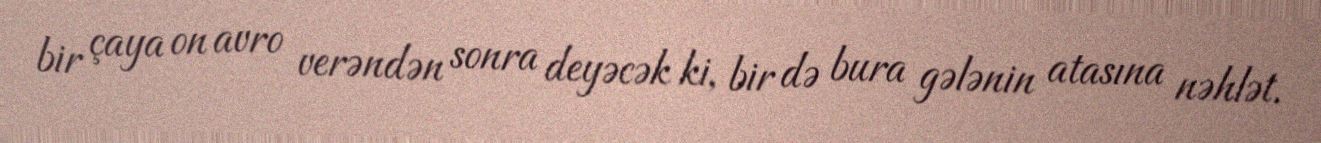
bir çaya on avro verəndən sonra deyəcək ki, bir də bura gələnin atasına nəhlət.